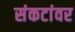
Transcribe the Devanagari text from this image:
संकटांवर